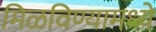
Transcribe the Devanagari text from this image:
मिळविण्यामध्ये